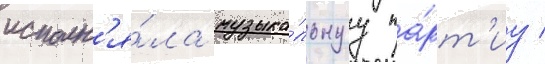
исполн'я́ла музыка́льнуу па́рт'иу /